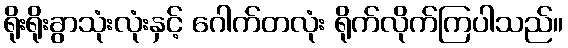
ရိုးရိုးခွာသုံးလုံးနှင့် ဂေါက်တလုံး ရိုက်လိုက်ကြပါသည်။